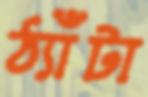
ঠ্যাঁটা